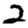
Digit: 2